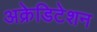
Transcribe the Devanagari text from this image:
अक्रेडिटेशन